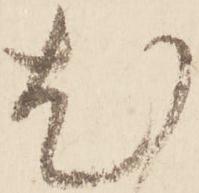
尤